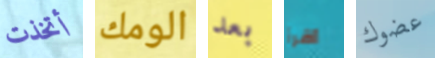
أتخذت الومك بعد اقرأ عضوك